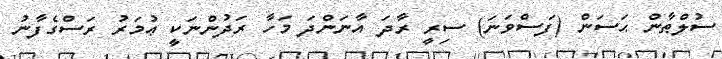
ސުލްޠާން ޙަސަން (ފަސްވަނަ) ސިރީ ރާދަ އާނަންދަ މަހާ ރަދުންނަކީ ޢުމަރު ރަސްގެފާނު